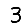
Digit: 3